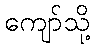
ကျော်သို့